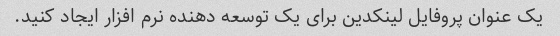
یک عنوان پروفایل لینکدین برای یک توسعه دهنده نرم افزار ایجاد کنید.